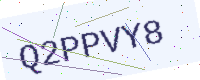
Text: Q2PPVY8